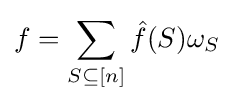
f=\sum _{S\subseteq [n]}{\hat {f}}(S)\omega _{S}